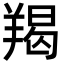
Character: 羯